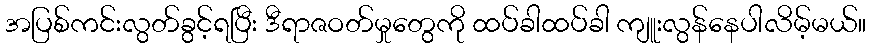
အပြစ်ကင်းလွတ်ခွင့်ရပြီး ဒီရာဇဝတ်မှုတွေကို ထပ်ခါထပ်ခါ ကျူးလွန်နေပါလိမ့်မယ်။